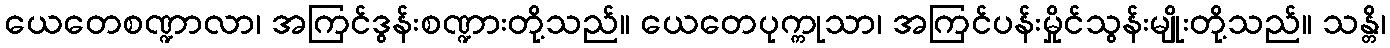
ယေတေစဏ္ဍာလာ၊ အကြင်ဒွန်းစဏ္ဍားတို့သည်။ ယေတေပုက္ကုသာ၊ အကြင်ပန်းမှိုင်သွန်းမျိုးတို့သည်။ သန္တိ၊